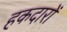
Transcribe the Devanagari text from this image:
हकदारों